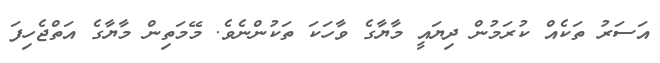
އަސަރު ތަކެއް ކުރަމުން ދިޔައީ މާޔާގެ ވާހަކަ ތަކުންނެވެ. މޭމަތިން މާޔާގެ އަތްޖެހިފަ